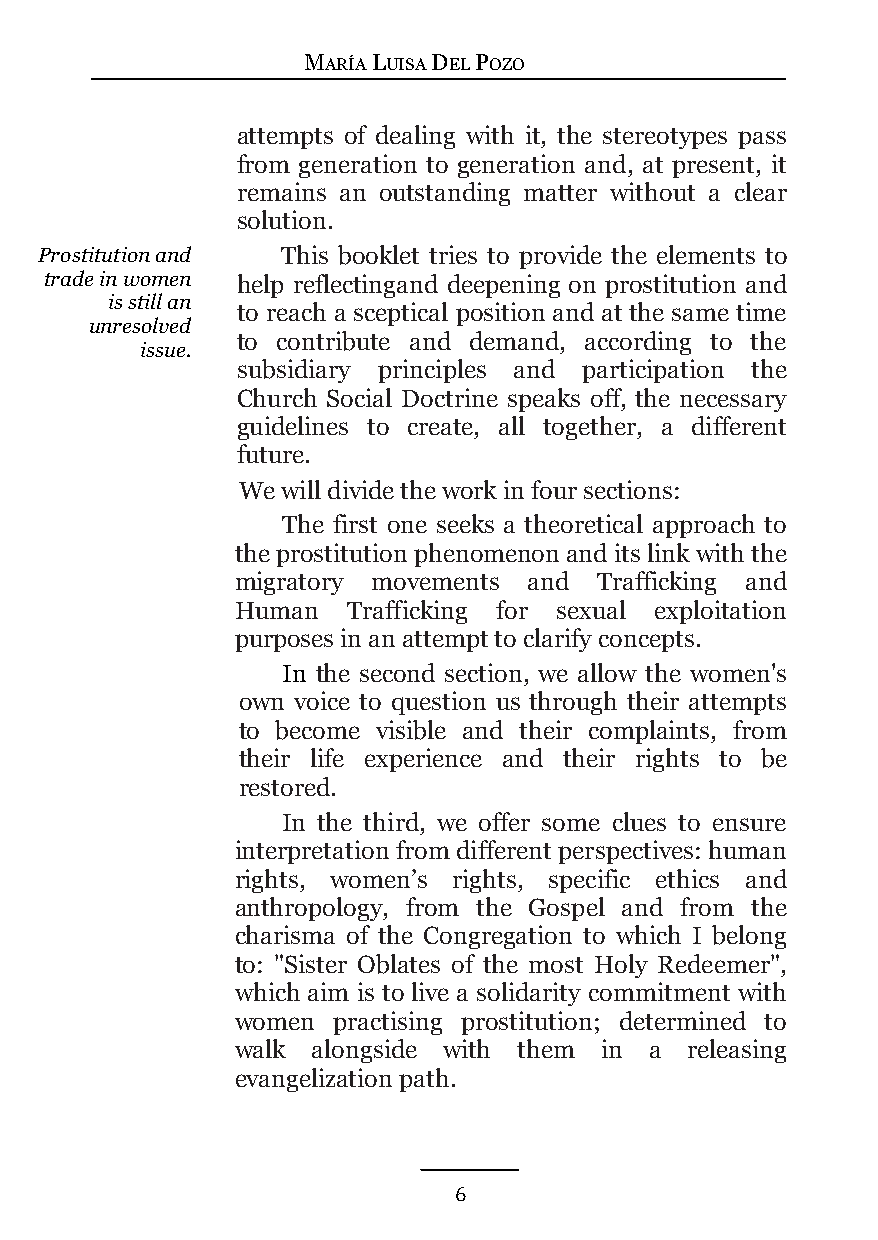
MARÍA LUISA DEL POZO
 attempts of dealing with it, the stereotypes pass
 from generation to generation and, at present, it
 remains an outstanding matter without a clear
 solution.
 Prostitution and This booklet tries to provide the elements to
 trade in women help reflectingand deepening on prostitution and
 is still an
 to reach a sceptical position and at the same time
 unresolved
 to contribute and demand, according to the
 issue.
 subsidiary principles and participation the
 Church Social Doctrine speaks off, the necessary
 guidelines to create, all together, a different
 future.
 We will divide the work in four sections:
 The first one seeks a theoretical approach to
 the prostitution phenomenon and its link with the
 migratory movements and Trafficking and
 Human  Trafficking for sexual exploitation
 purposes in an attempt to clarify concepts.
 In the second section, we allow the women's
 own voice to question us through their attempts
 to become visible and their complaints, from
 their life experience and their rights to be
 restored.
 In the third, we offer some clues to ensure
 interpretation from different perspectives: human
 rights, women’s rights, specific ethics and
 anthropology, from the Gospel and from the
 charisma of the Congregation to which I belong
 to: "Sister Oblates of the most Holy Redeemer",
 which aim is to live a solidarity commitment with
 women practising prostitution; determined to
 walk alongside with them in a releasing
 evangelization path.
 6